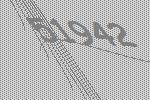
51942